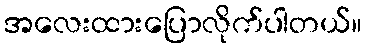
အလေးထားပြောလိုက်ပါတယ်။